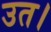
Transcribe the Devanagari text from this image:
उत।